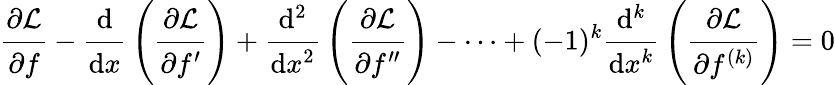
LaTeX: {\cfrac{\partial{\mathcal{L}}}{\partial f}}-{\cfrac{\mathrm{d}}{\mathrm{d}x}}\left({\cfrac{\partial{\mathcal{L}}}{\partial f^{\prime}}}\right)+{\cfrac{\mathrm{d}^{2}}{\mathrm{d}x^{2}}}\left({\cfrac{\partial{\mathcal{L}}}{\partial f^{\prime\prime}}}\right)-\dots+(-1)^{k}{\cfrac{\mathrm{d}^{k}}{\mathrm{d}x^{k}}}\left({\cfrac{\partial{\mathcal{L}}}{\partial f^{(k)}}}\right)=0